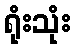
ရုံးသုံး